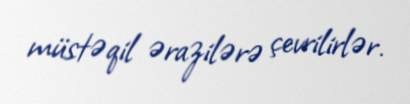
müstəqil ərazilərə çevrilirlər.